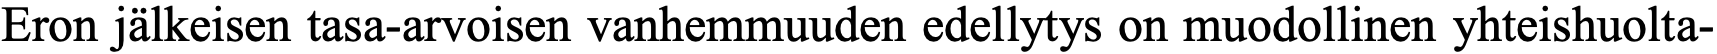
Eron jälkeisen tasa-arvoisen vanhemmuuden edellytys on muodollinen yhteishuolta-